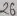
Text: 26